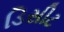
ડિસીટ